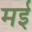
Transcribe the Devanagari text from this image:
मर्इ